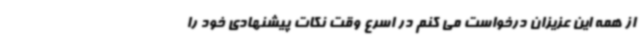
از همه این عزیزان درخواست می کنم در اسرع وقت نکات پیشنهادی خود را